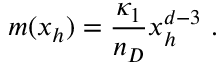
m ( x _ { h } ) = \frac { \kappa _ { 1 } } { n _ { D } } x _ { h } ^ { d - 3 } \ .